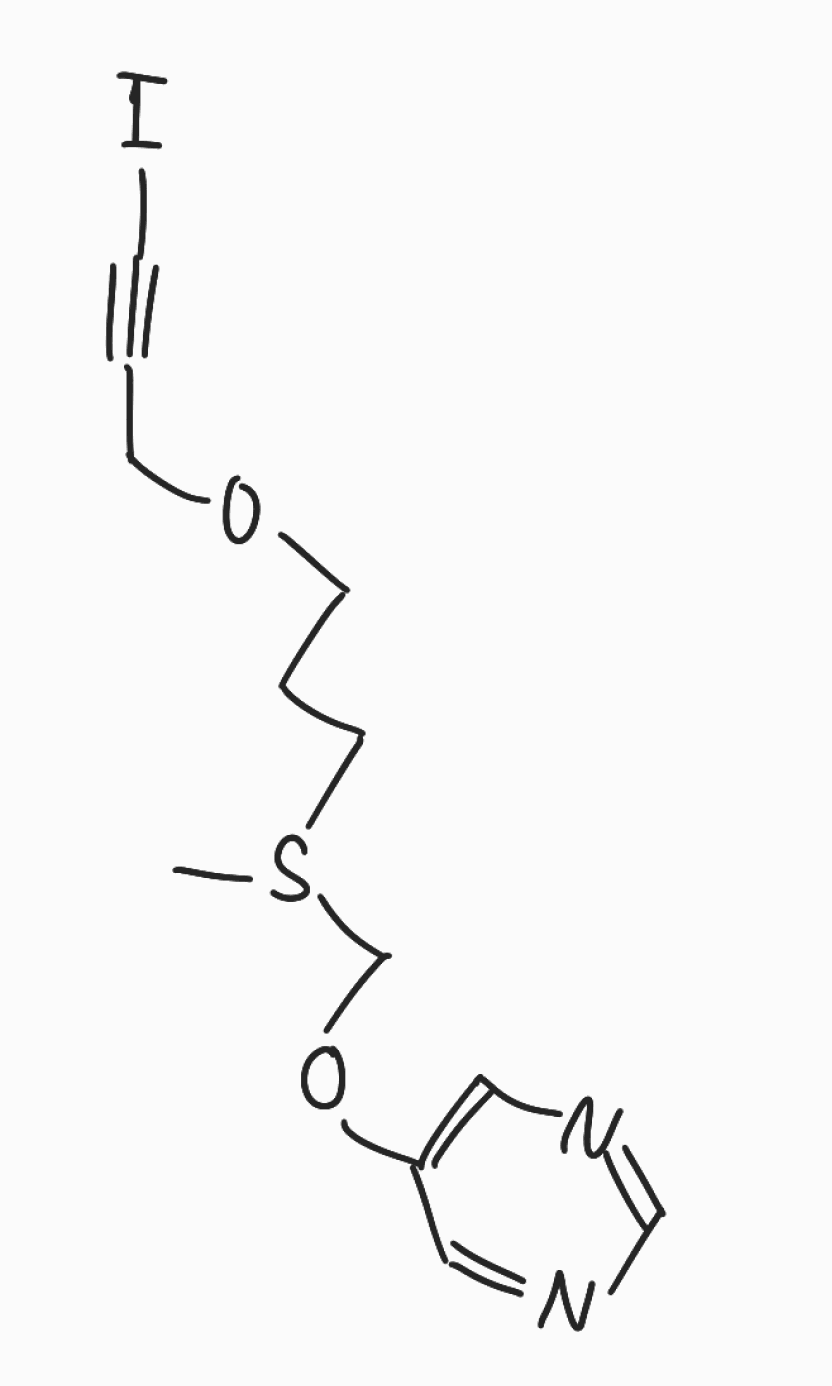
Simplified molecular-input line-entry system (SMILES) notation of the given molecule:
CSC(CCOCC#CI)COC1=CN=CN=C1